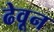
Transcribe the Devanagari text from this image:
ढेवून